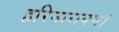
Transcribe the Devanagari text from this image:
हरिनारायण।